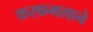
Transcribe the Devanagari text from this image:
करकमलाने